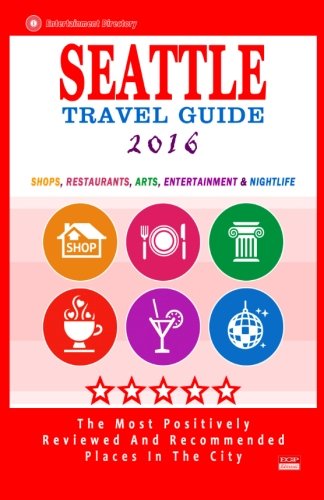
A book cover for Seattle Travel Guide 2016: Shops, Restaurants, Arts, Entertainment and Nightlife in Seattle, Washington (City Travel Guide 2016); James F Hayward; Travel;